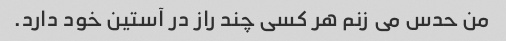
من حدس می زنم هر کسی چند راز در آستین خود دارد.